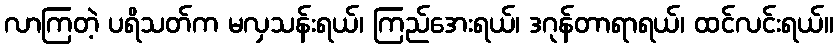
လာကြတဲ့ ပရိသတ်က မလှသန်းရယ်၊ ကြည်အေးရယ်၊ ဒဂုန်တာရာရယ်၊ ထင်လင်းရယ်။